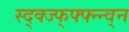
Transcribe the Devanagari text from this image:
स्द्क्ज्फ्फ्फ्न्न्व्न